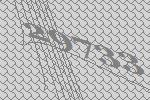
29733